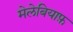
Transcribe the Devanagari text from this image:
मेलेबियाफ़